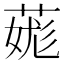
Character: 䓼